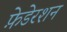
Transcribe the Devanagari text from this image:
फ़ेडेरशन